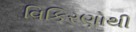
વિકિરણોથી